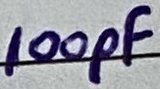
Text: 100pF